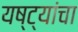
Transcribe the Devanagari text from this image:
यष्ट्यांचा